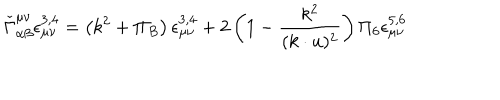
LaTeX: \check { \Gamma } _ { \alpha \beta } ^ { \mu \nu } \epsilon _ { \mu \nu } ^ { 3 , 4 } = \left( k ^ { 2 } + \Pi _ { B } \right) \epsilon _ { \mu \nu } ^ { 3 , 4 } + 2 \left( 1 - \frac { k ^ { 2 } } { ( k \cdot u ) ^ { 2 } } \right) \Pi _ { 6 } \epsilon _ { \mu \nu } ^ { 5 , 6 }